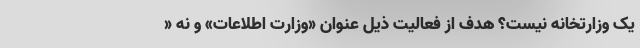
یک وزارتخانه نیست؟ هدف از فعالیت ذیل عنوان «وزارت اطلاعات» و نه «